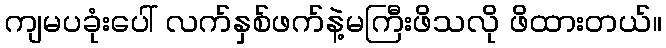
ကျမပခုံးပေါ် လက်နှစ်ဖက်နဲ့မကြီးဖိသလို ဖိထားတယ်။